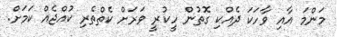
މަންމަ އާއި ވާހަކަ ދެއްކި ގޮތުން ހީކުރީ ވަރަށް ކެތްތެރި ކުއްޖެއް ކަމަށް.